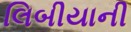
લિબીયાની